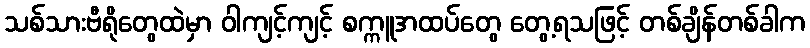
သစ်သားဗီရိုတွေထဲမှာ ဝါကျင့်ကျင့် စက္ကူအထပ်တွေ တွေ့ရသဖြင့် တစ်ချိန်တစ်ခါက